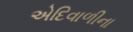
એદિવાળીના